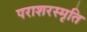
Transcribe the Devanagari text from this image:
पराशरस्मृति